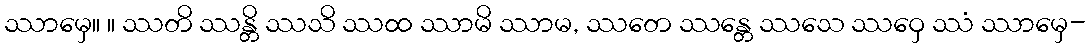
ဿာမှေ။ ။ ဿတိ ဿန္တိ ဿသိ ဿထ ဿာမိ ဿာမ, ဿတေ ဿန္တေ ဿသေ ဿဝှေ ဿံ ဿာမှေ-